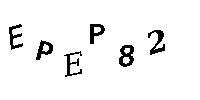
EPEP82